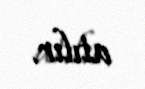
atılır.